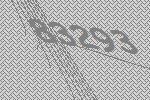
83293